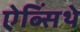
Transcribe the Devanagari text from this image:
ऐब्सिंथे